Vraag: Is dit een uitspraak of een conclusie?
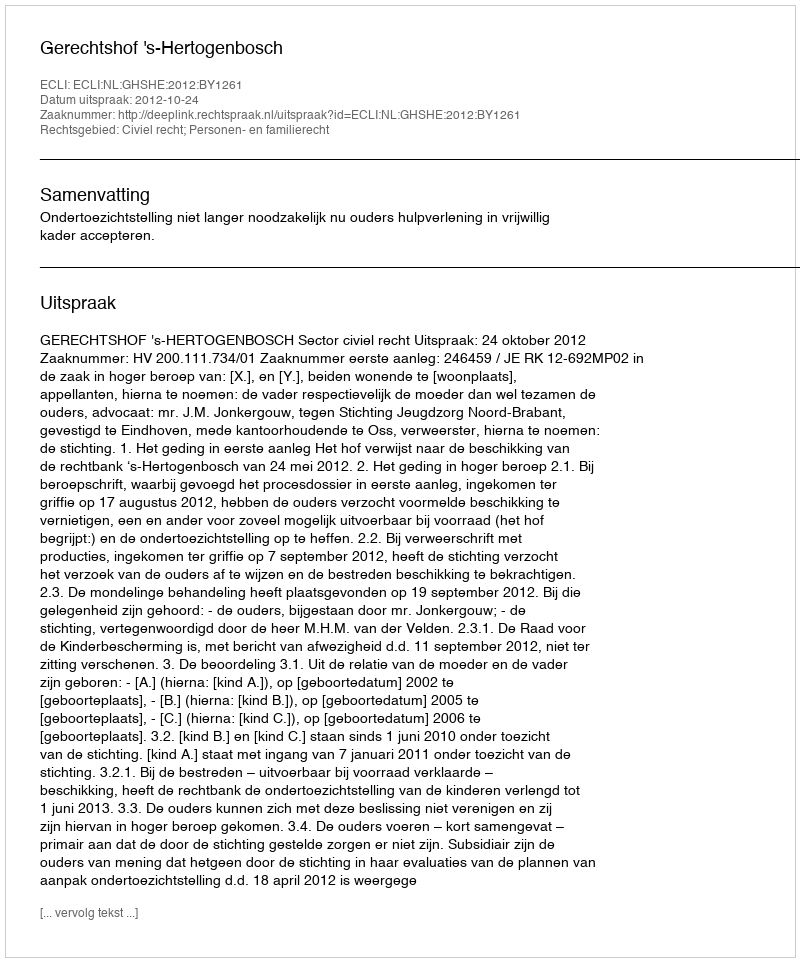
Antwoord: Uitspraak